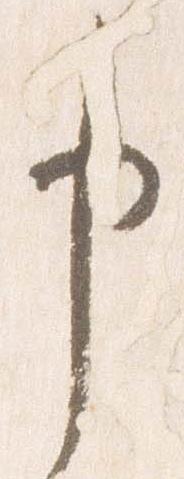
申